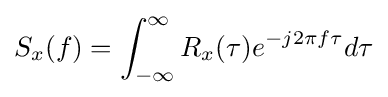
S_{x}(f)=\int _{-\infty }^{\infty }R_{x}(\tau )e^{-j2\pi f\tau }d\tau